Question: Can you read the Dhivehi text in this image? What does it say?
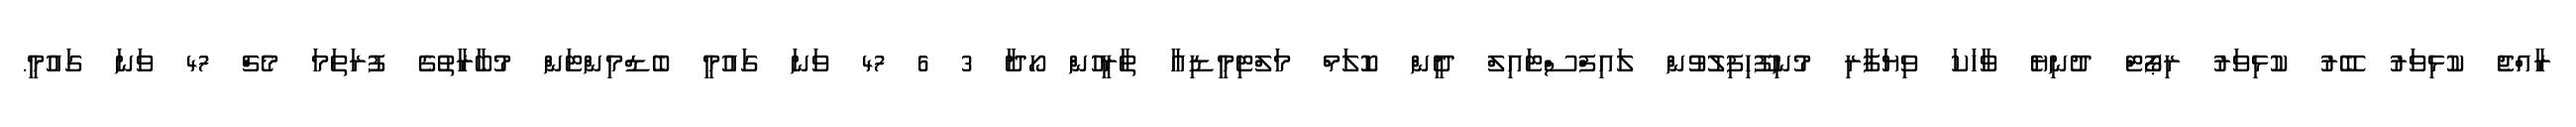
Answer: ރާއްޖެ ކުޅިވަރު ބޭރު ކުޅިވަރު ރިޕޯޓް ދުނިޔެ ވާހަކަ ވިޔަފާރި މުނިފޫހިފިލުވުން ލައިފްސްޓައިލް ދީން ކޮލަމް މަލްޓިމީޑިއާ ތާރީހުން ހޯދާ 3 6 47 ވަނަ ގައުމީ ބެޑްމިންޓަން މުބާރާތުގެ ފުރަތަމަ މެޗް 47 ވަނަ ގައުމީ.